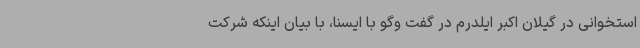
استخوانی در گیلان اکبر ایلدرم در گفت وگو با ایسنا، با بیان اینکه شرکت